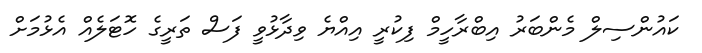
ކައުންސިލް މެންބަރު އިބްރާހީމް ފިކުރީ އިއްޔެ ވިދާޅުވީ ފަސް ތަރީގެ ހޮޓަލެއް އެޅުމަށް